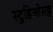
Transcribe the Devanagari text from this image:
स्टुडिओसह